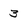
Character: 3